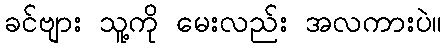
ခင်ဗျား သူ့ကို မေးလည်း အလကားပဲ။